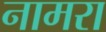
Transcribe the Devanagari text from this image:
नामरा